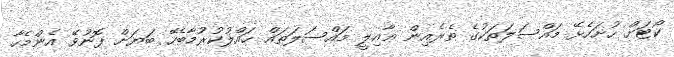
ކޯޓަށް ހުށަހެޅޭ މައްސަލަތަކުގެ ތެރެއިން ޢާއިލީ މައްސަލަތައް ޙައްލުކުރުމާބެހޭ ބަޔަށް ފޮނުވޭ އެންމެހާ